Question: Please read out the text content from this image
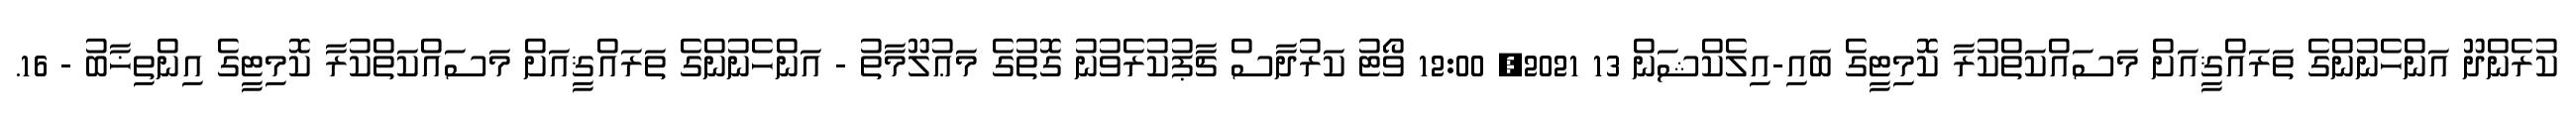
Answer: ކުރެންދޫ އަންހެނުންގެ ތަރައްޤީއަށް މަސައްކަތްކުރާ ކޮމިޓީގެ ބައި-އިލެކްޝަން 13 2021, 12:00 ވޯޓު ކަރުދާސް ޗާޕުކުރެވުނު ގޮތުގެ މަޢުލޫމާތު - އަންހެނުންގެ ތަރައްޤީއަށް މަސައްކަތްކުރާ ކޮމިޓީގެ އިންތިޚާބު - 16.